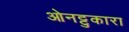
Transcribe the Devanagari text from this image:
ओनट्टुकारा